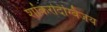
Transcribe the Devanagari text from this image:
शांकरदिग्विजय